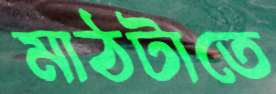
মাঠটাতে